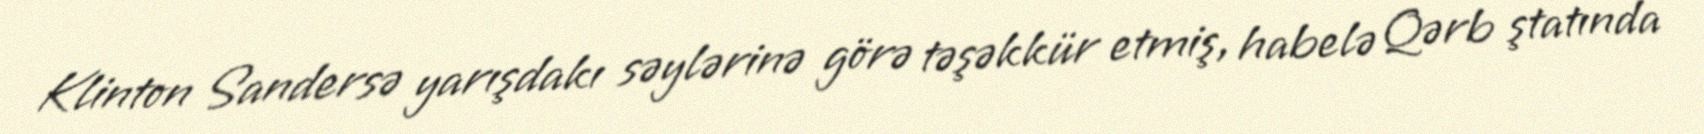
Klinton Sandersə yarışdakı səylərinə görə təşəkkür etmiş, habelə Qərb ştatında